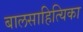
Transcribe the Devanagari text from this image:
बालसाहित्यिका